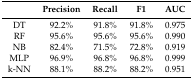
|  | Precision | Recall | F1 | AUC |
 | --- | --- | --- | --- | --- |
 | DT | 92.2% | 91.8% | 91.8% | 0.975 |
 | RF | 95.6% | 95.6% | 95.6% | 0.990 |
 | NB | 82.4% | 71.5% | 72.8% | 0.919 |
 | MLP | 96.9% | 96.8% | 96.8% | 0.999 |
 | k-NN | 88.1% | 88.2% | 88.2% | 0.951 |